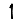
Digit: 1